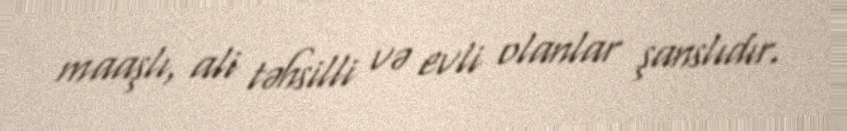
maaşlı, ali təhsilli və evli olanlar şanslıdır.